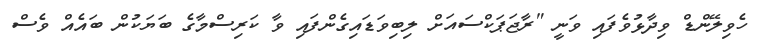
ހެވިލޭންޑް ވިދާޅުވެފައި ވަނީ "ރާޖަޕަކްސައަށް ލިބިވަޑައިގެންފައި ވާ ކަރިސްމާގެ ބަޔަކުން ބައެއް ވެސް